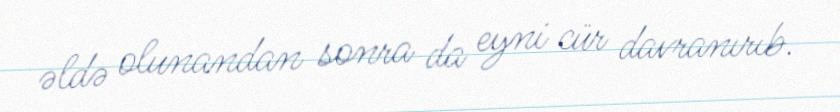
əldə olunandan sonra da eyni cür davranırıb.